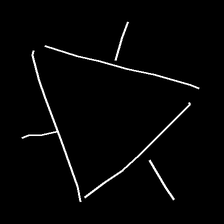
Glyph: fire